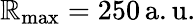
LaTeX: \mathbb{R}_{\operatorname*{max}}=250\, \mathrm{{a.u.}}